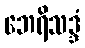
ဘေရိသဒ္ဒံ